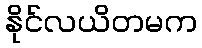
နိုင်လယိတမက